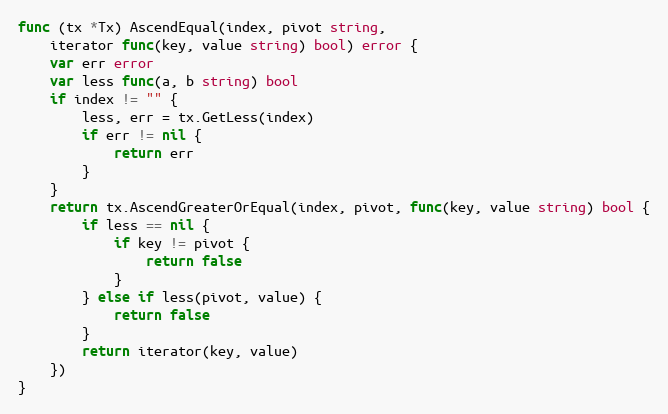
Language: Go
func (tx *Tx) AscendEqual(index, pivot string,
	iterator func(key, value string) bool) error {
	var err error
	var less func(a, b string) bool
	if index != "" {
		less, err = tx.GetLess(index)
		if err != nil {
			return err
		}
	}
	return tx.AscendGreaterOrEqual(index, pivot, func(key, value string) bool {
		if less == nil {
			if key != pivot {
				return false
			}
		} else if less(pivot, value) {
			return false
		}
		return iterator(key, value)
	})
}